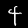
Digit: 4